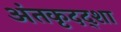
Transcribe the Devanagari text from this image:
अंतकृदद्शा